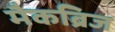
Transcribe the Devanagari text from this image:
मैकब्रिज